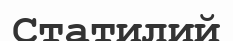
Статилий